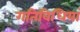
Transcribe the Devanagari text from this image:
गतिविधियां